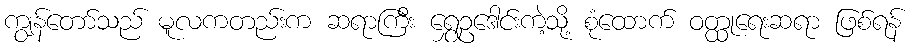
ကျွန်တော်သည် မူလကတည်းက ဆရာကြီး ရွှေဥဒေါင်းကဲ့သို့ စုံထောက် ဝတ္ထုရေးဆရာ ဖြစ်ရန်